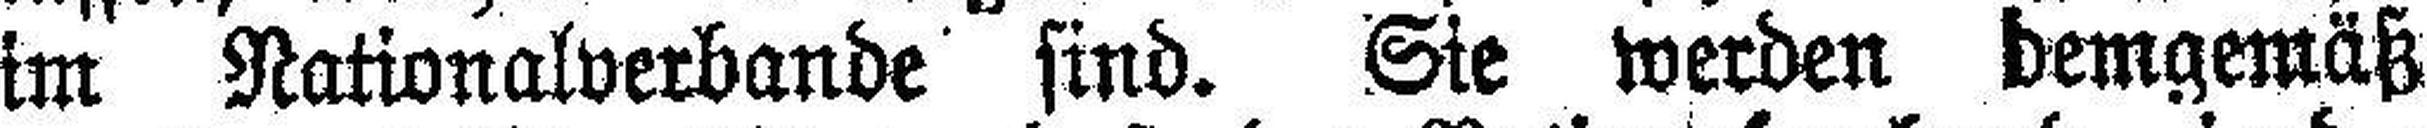
im Nationalverbande sind. Sie werden demgemäß